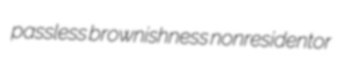
passless brownishness nonresidentor